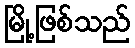
မြို့ဖြစ်သည်